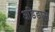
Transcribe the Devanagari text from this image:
अडिडास